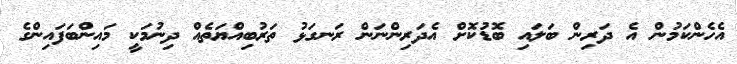
އެހެންކަމުން އެ ދަރިން ބަލައި ބޮޑުކޮށް އެދަރިންނަން ރަނގަޅު ތަރުބިއްޔަތެއް ދިނުމަކީ މައިންބަފައިންގެ